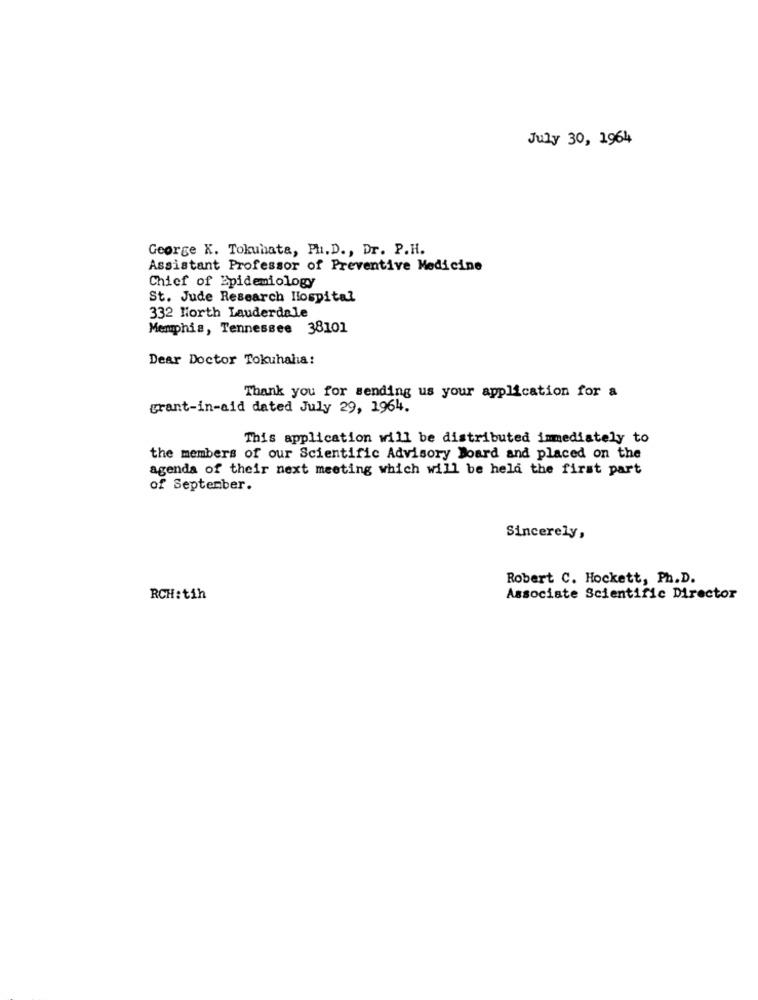
July 30, 1964
George K. Tokunata, Ph.D ., Dr. P.H.
Assistant Professor of Preventive Medicine
Chief of Epidemiology
St. Jude Research Hospital
332 North Lauderdale
Memphis, Tennessee 38101
Dear Doctor Tokuhaha:
Thank you for sending us your application for a
grant-in-aid dated July 29, 1964.
This application will be distributed immediately to
the members of our Scientific Advisory Board and placed on the
agenda of their next meeting which will be held the first part
of September.
Sincerely,
Robert C. Hockett, Ph.D.
RCH:tih
Associate Scientific Director